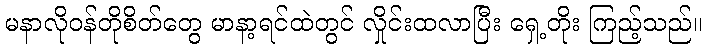
မနာလိုဝန်တိုစိတ်တွေ မာနာ့ရင်ထဲတွင် လှိုင်းထလာပြီး ရှေ့တိုး ကြည့်သည်။